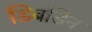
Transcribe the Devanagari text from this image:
डिबडिन